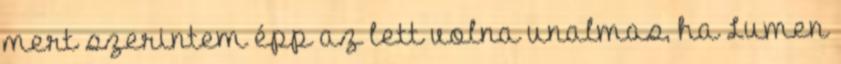
mert szerintem épp az lett volna unalmas, ha Lumen